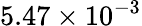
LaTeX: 5.47\times 10^{-3}